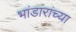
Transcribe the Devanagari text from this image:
भांडारांच्या